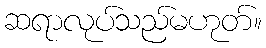
ဆရာလုပ်သည်မဟုတ်။